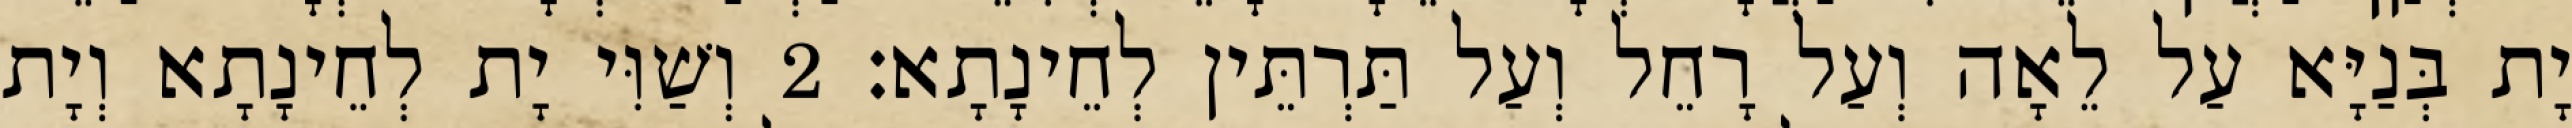
יָת בְּנַיָּא עַל לֵאָה וְעַל רָחֵל וְעַל תַּרְתֵּין לְחֵינָתָא׃ 2 וְשַׁוִּי יָת לְחֵינָתָא וְיָת